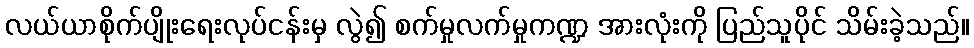
လယ်ယာစိုက်ပျိုးရေးလုပ်ငန်းမှ လွဲ၍ စက်မှုလက်မှုကဏ္ဍ အားလုံးကို ပြည်သူပိုင် သိမ်းခဲ့သည်။